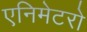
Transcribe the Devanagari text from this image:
एनिमेटरो